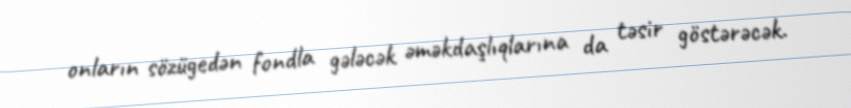
onların sözügedən fondla gələcək əməkdaşlıqlarına da təsir göstərəcək.